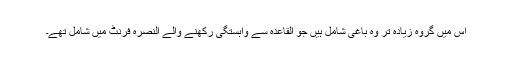
اس میں گروہ زیادہ تر وہ باغی شامل ہیں جو القاعدہ سے وابستگی رکھنے والے النصرہ فرنٹ میں شامل تھے۔